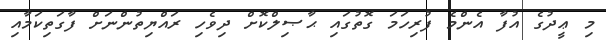
މި ޢީދުގެ އުފާ އެންމެ ފުރިހަމަ ގޮތުގައި ޙާޞިލްކޮށް ދިވެހި ރައްޔިތުންނަށް ފާގަތިކަމާއި